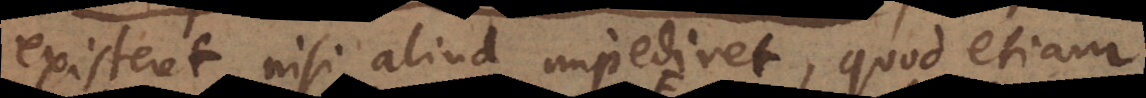
existeret nisi aliud impediret, quod etiam